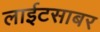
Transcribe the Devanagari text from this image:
लाईटसाबर